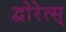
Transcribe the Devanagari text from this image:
द्वोरेत्स्